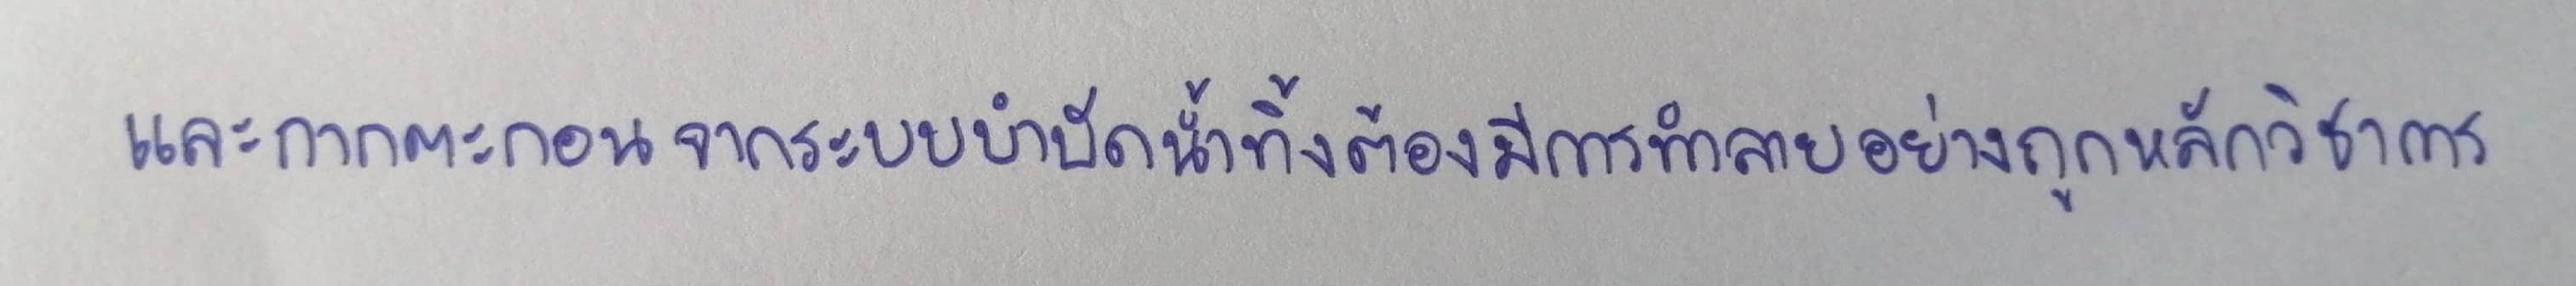
และกากตะกอนจากระบบบำบัดน้ำทิ้งต้องมีการทำลายอย่างถูกหลักวิชาการ